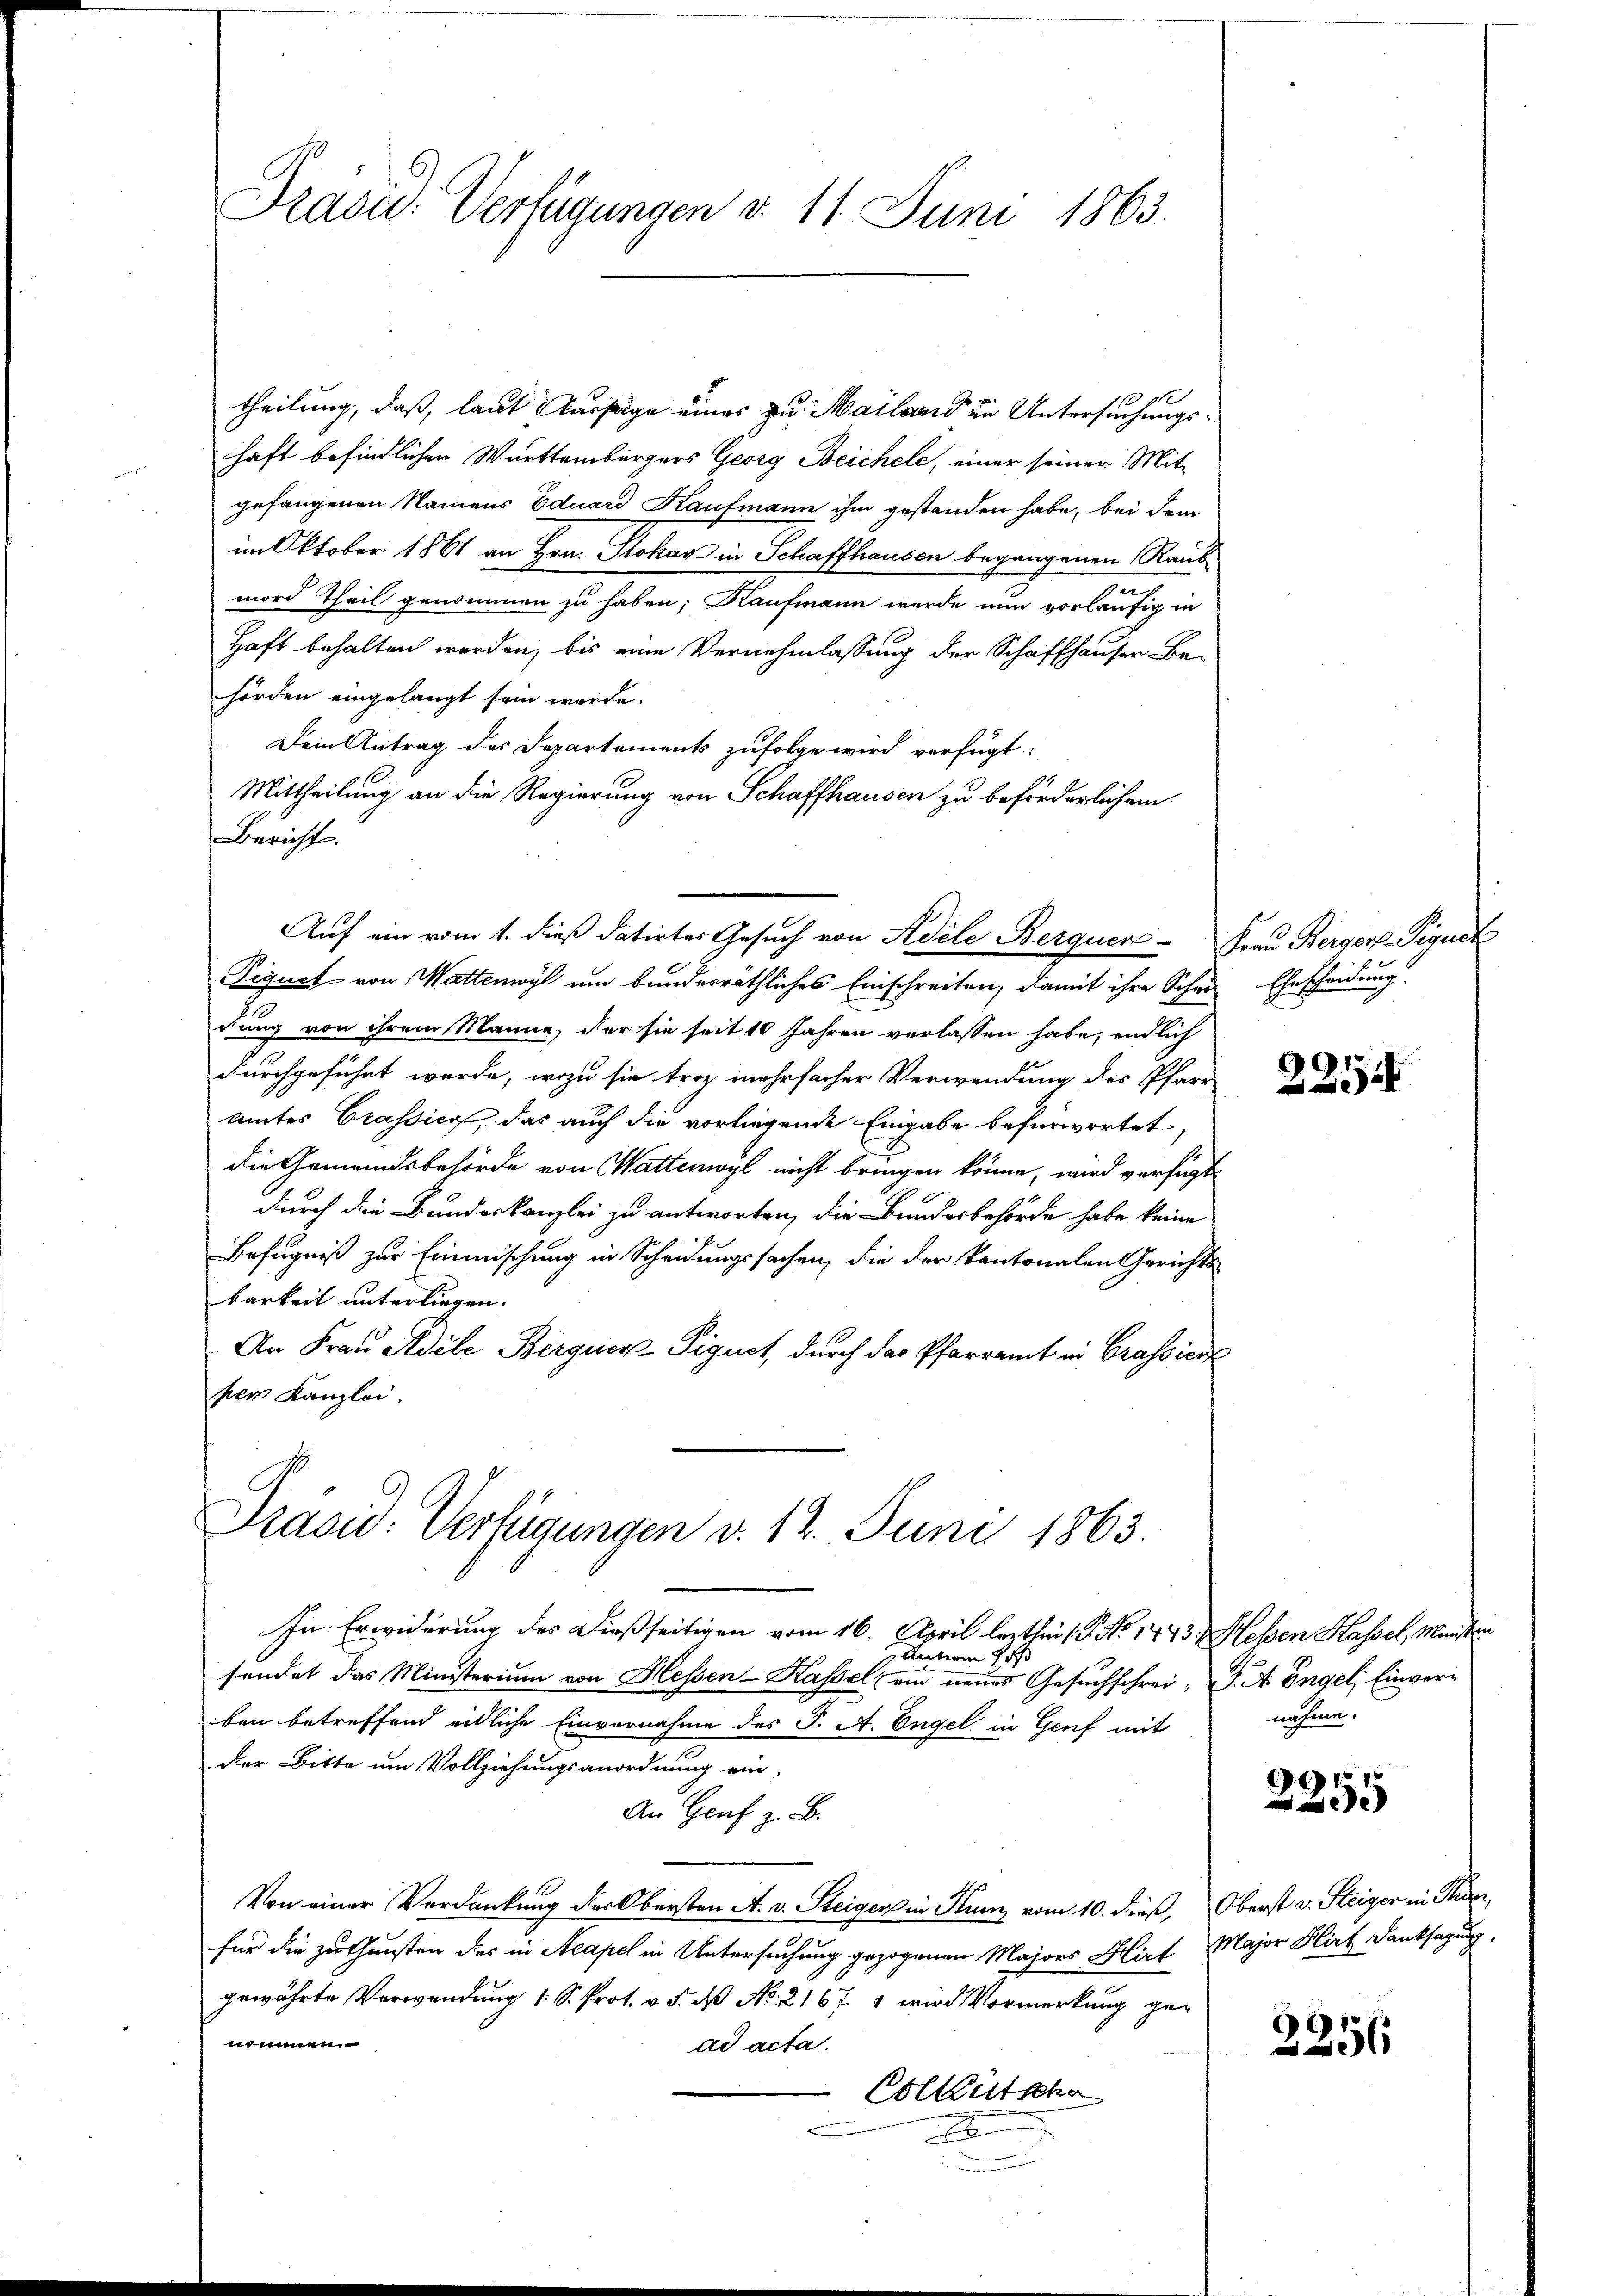
Präsid. Verfügungen v. 11. Juni 1863.

theilung, daß, laut Aussage eines zu. Mailand in Untersuchungshaft befindlichen Württembergers Georg Beichele, einer seiner Mit-
gefangenen Namens Eduard Kaufmann ihm gestanden habe, bei dem
im Oktober 1861 an Hrn. Stokar in Schaffhausen begangenen Raub
mord Theil genommen zu haben; Kaufmann werde nun vorläufig in
Haft behalten worden, bis eine Vernehmlassung der Schaffhauser Be-
hörden eingelangt sein werde.
Dem Antrag des Departements zufolge wird verfügt:
Mittheilung an die Regierung von Schaffhausen zu beförderlichem
Bericht.
dung von ihrem Manne, der sie seit 10 Jahren verlassen habe, endlich
durchgeführt werde, wozu sie tre mehrfacher Verwendung des Pfarr-
amtes Grassier, das auch die vorliegende Eingabe befürwortet,
die Gemeindsbehörde von Wattenwyl nicht bringen könne, wird verfügt
durch die Bundeskanzlei zu antworten, die Bundesbehörde habe keine
Befugniß zur Einmischung in Scheidungssachen, die der kantonalen Gerichtsbarkeit unterliegen. |
An Frau Adele Berguer Pignet, durch das Pfarramt in Grassiert
per Kanzlei.
Prasid. Verfügungen v. 12. Juni 1863.

Auf ein vom 1. dieß datirtes Gesuch von Adele Berguer Frau Bergers Piguck
Pignet von Wattenwyl um bundesräthliches Einschreiten, damit ihre Schei- Ehrscheidung

In Erwiderung des Dießseitigen vom 16. April lauthen 1. No 1443. Hessen Kassel, Ministen
Unterm Pos
sendet das Ministerium von Hessen-Kassel ein neues Gesuchschrei- F. A Engel, Einverben betreffend eidliche Einvernahme des J. A. Engel in Genf mit
der Bitte um Vollziehungsanordnung ein-
An Genf z. B.
Von einer Verdankung des Obersten A. v. Steigen in Stum vom 10. dieß, Oberst v. Steiger in Thun,
für die zu Gunsten des in Acapel in Untersuchung gezogenen Majors Hirt Major Hirt Danksagung,
gewährte Verwendung 1 S. Prot. v. 5. dß No. 2167 1 wird Vormerkung genommen.
ad acta.
Colkütscha
A

2254

nähme.

2255

2256